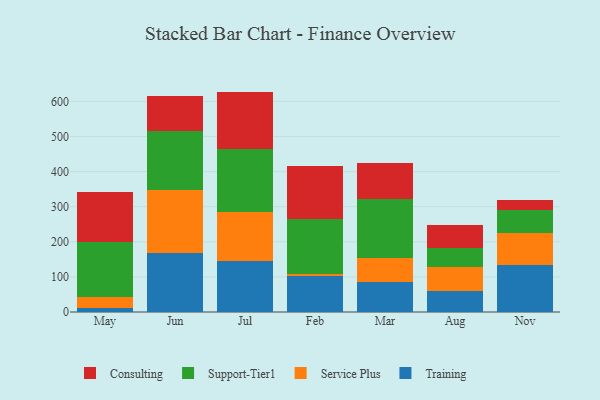
{"axis": {"x": "Month", "y": "Waste Production (Tons)"}, "legend": ["Consulting", "Service Plus", "Support-Tier1", "Training"], "data": [{"x": "May", "y": 12.6, "type": "Training"}, {"x": "May", "y": 30.4, "type": "Service Plus"}, {"x": "May", "y": 156.1, "type": "Support-Tier1"}, {"x": "May", "y": 141.6, "type": "Consulting"}, {"x": "Jun", "y": 167.7, "type": "Training"}, {"x": "Jun", "y": 178.7, "type": "Service Plus"}, {"x": "Jun", "y": 170.3, "type": "Support-Tier1"}, {"x": "Jun", "y": 98.7, "type": "Consulting"}, {"x": "Jul", "y": 144.0, "type": "Training"}, {"x": "Jul", "y": 142.1, "type": "Service Plus"}, {"x": "Jul", "y": 177.8, "type": "Support-Tier1"}, {"x": "Jul", "y": 164.0, "type": "Consulting"}, {"x": "Feb", "y": 103.2, "type": "Training"}, {"x": "Feb", "y": 6.2, "type": "Service Plus"}, {"x": "Feb", "y": 155.4, "type": "Support-Tier1"}, {"x": "Feb", "y": 150.2, "type": "Consulting"}, {"x": "Mar", "y": 84.2, "type": "Training"}, {"x": "Mar", "y": 70.2, "type": "Service Plus"}, {"x": "Mar", "y": 167.5, "type": "Support-Tier1"}, {"x": "Mar", "y": 101.3, "type": "Consulting"}, {"x": "Aug", "y": 59.6, "type": "Training"}, {"x": "Aug", "y": 68.9, "type": "Service Plus"}, {"x": "Aug", "y": 53.1, "type": "Support-Tier1"}, {"x": "Aug", "y": 66.7, "type": "Consulting"}, {"x": "Nov", "y": 133.3, "type": "Training"}, {"x": "Nov", "y": 92.3, "type": "Service Plus"}, {"x": "Nov", "y": 65.0, "type": "Support-Tier1"}, {"x": "Nov", "y": 29.1, "type": "Consulting"}]}